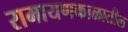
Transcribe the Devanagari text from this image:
रामायणकाळातील